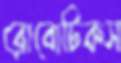
রোবোটিকস